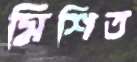
মিশিত